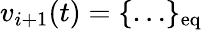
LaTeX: v_{i+1}(t)=\{ \ldots\} _{\mathrm{eq}}